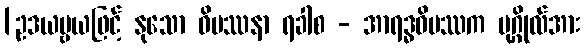
[ဥဒယဗ္ဗယဖြင့် နုသော ဝိပဿနာ ရခါစ - အာရဒ္ဓဝိပဿက ပုဂ္ဂိုလ်အား